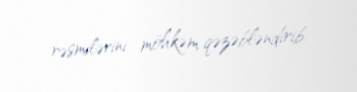
rəsmilərini möhkəm qəzəbləndirib.